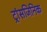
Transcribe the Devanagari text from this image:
ट्रांसजिनिक